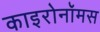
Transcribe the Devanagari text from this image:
काइरोनॉमस